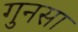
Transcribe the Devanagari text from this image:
गुनसा